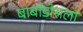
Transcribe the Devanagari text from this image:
बार्बाडोसला